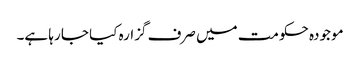
موجودہ حکومت میں صرف گزارہ کیا جا رہا ہے۔